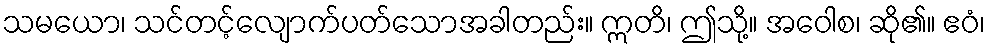
သမယော၊ သင်တင့်လျောက်ပတ်သောအခါတည်း။ ဣတိ၊ ဤသို့။ အဝေါစ၊ ဆို၏။ ဧဝံ၊